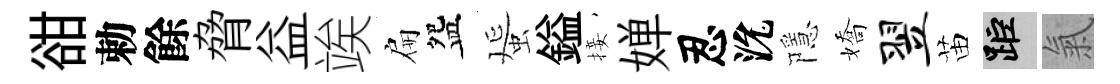
𧮳勅餘脅益竢扁盌蜑鎰接婵忍沇隱嬌翌苗距氣